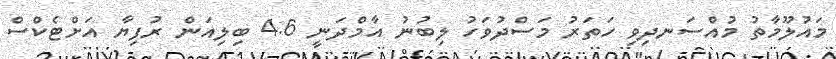
މައުލޫމާތު މުއްސަނދިވި ހަތަރު މަސްދުވަހު ލިބުނު އާމްދަނީ 4.6 ބިލިއަން ރުފިޔާ އަށްޓެކްސް